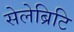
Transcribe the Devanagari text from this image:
सेलेब्रिटि